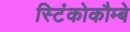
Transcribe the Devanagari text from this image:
स्टिंकोकौम्बे